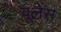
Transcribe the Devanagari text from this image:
वूलेंस